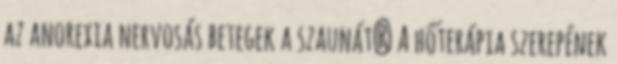
az anorexia nervosás betegek a szaunát? A hőterápia szerepének